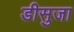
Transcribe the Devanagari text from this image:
डीसुजा